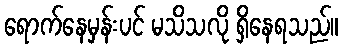
ရောက်နေမှန်းပင် မသိသလို ရှိနေရသည်။